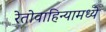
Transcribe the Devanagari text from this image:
रेतोवाहिन्यामध्ये